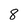
Character: 8